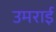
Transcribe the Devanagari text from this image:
उमराई